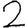
Digit: 2